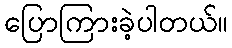
ပြောကြားခဲ့ပါတယ်။